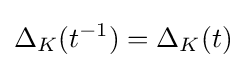
\Delta _{K}(t^{-1})=\Delta _{K}(t)